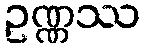
ဥဏ္ဏဿ